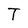
Character: T